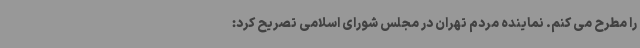
را مطرح می کنم. نماینده مردم تهران در مجلس شورای اسلامی تصریح کرد: